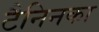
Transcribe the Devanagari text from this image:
टैनिनका